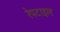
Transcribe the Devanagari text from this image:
रेपटाइल